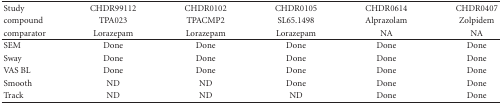
| Study | CHDR99112 | CHDR0102 | CHDR0105 | CHDR0614 | CHDR0407 |
 | compound | TPA023 | TPACMP2 | SL65.1498 | Alprazolam | Zolpidem |
 | comparator | Lorazepam | Lorazepam | Lorazepam | NA | NA |
 | --- | --- | --- | --- | --- | --- |
 | SEM | Done | Done | Done | Done | Done |
 | Sway | Done | Done | Done | Done | Done |
 | VAS BL | Done | Done | Done | Done | Done |
 | Smooth | ND | ND | Done | Done | Done |
 | Track | ND | ND | ND | Done | Done |